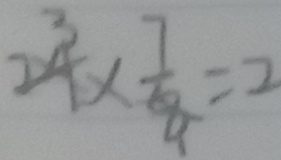
2 4 \times \frac { 7 } { 8 } = 2